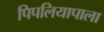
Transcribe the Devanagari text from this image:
पिपलियापाला